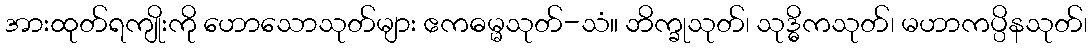
အားထုတ်ရကျိုးကို ဟောသောသုတ်များ ဧကဓမ္မသုတ်-သံ။ ဘိက္ခုသုတ်၊ သုဒ္ဓိကသုတ်၊ မဟာကပ္ပိနသုတ်၊